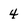
Character: 4